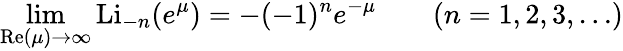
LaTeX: \operatorname*{lim}_{\operatorname{Re}(\mu)\to\infty}\operatorname{Li}_{-n}(e^{\mu})=-(-1)^{n}e^{-\mu}\qquad(n=1,2,3,\ldots)